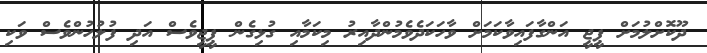
ދޫކޮށްލުމަށް ޕީޖީ އަންގާފައިވާކަމަށް ވާހަކަދެވެމުންދާއިރު މިކަމާއި ގުޅިގެން ޕީޖީވެސް އަދި ފުލުުހުންވެސް ވަކި